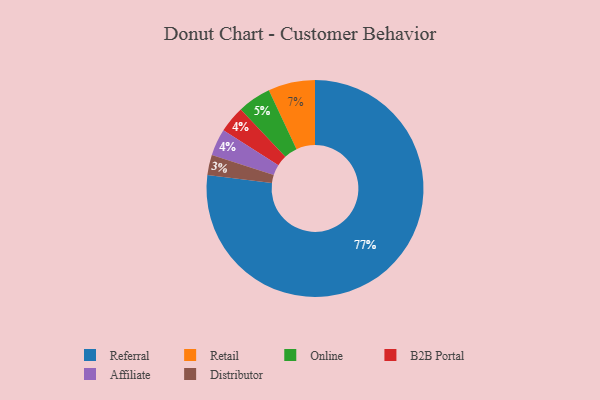
{"axis": {"x": "Category", "y": "Percentage"}, "legend": ["Affiliate", "B2B Portal", "Distributor", "Online", "Referral", "Retail"], "data": [{"x": "B2B Portal", "y": 4, "type": "B2B Portal"}, {"x": "Referral", "y": 77, "type": "Referral"}, {"x": "Online", "y": 5, "type": "Online"}, {"x": "Distributor", "y": 3, "type": "Distributor"}, {"x": "Affiliate", "y": 4, "type": "Affiliate"}, {"x": "Retail", "y": 7, "type": "Retail"}]}